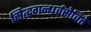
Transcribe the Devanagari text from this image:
सिद्धगन्धर्वसेविते